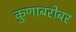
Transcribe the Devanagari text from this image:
कुणाबरोबर